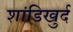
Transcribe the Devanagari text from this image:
शांडिखुर्द